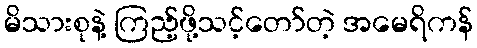
မိသားစုနဲ့ ကြည့်ဖို့သင့်တော်တဲ့ အမေရိကန်